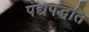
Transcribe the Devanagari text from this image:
पद्यपद्धति